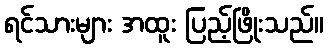
ရင်သားများ အထူး ပြည့်ဖြိုးသည်။